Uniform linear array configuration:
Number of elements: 64
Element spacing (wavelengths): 1
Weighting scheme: kaiser
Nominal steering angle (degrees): -15
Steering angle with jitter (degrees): -16.368
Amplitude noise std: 0.05
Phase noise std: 0.05

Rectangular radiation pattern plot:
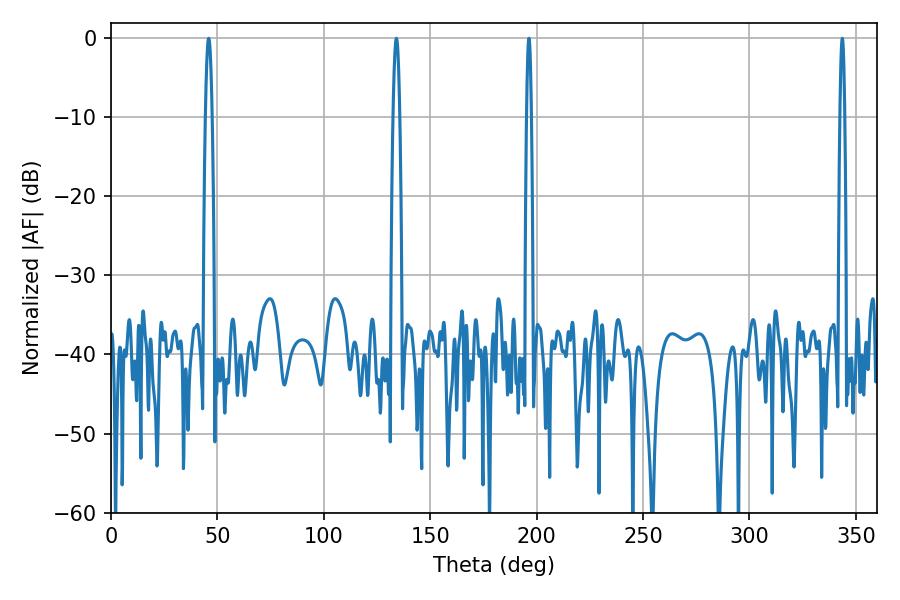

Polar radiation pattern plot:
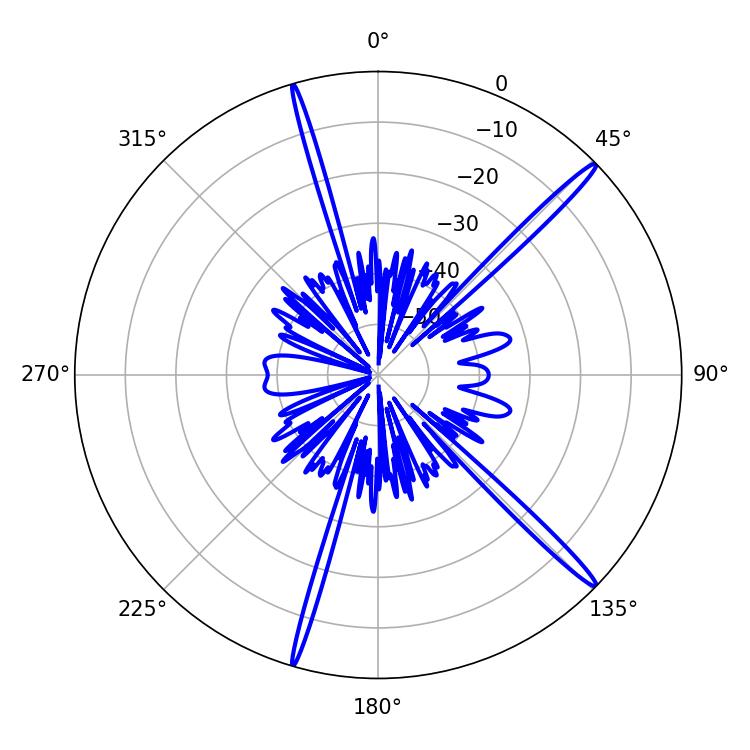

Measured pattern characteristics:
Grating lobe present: TRUE
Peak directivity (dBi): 17.626
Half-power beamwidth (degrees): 1.8
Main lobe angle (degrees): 45.9